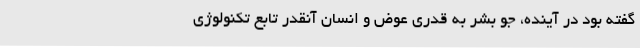
گفته بود در آینده، جو بشر به قدری عوض و انسان آنقدر تابع تکنولوژی